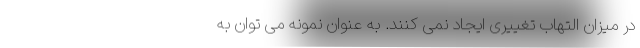
در میزان التهاب تغییری ایجاد نمی کنند. به عنوان نمونه می توان به